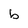
Character: b